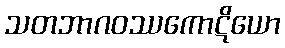
သတဘာဂဝဿကောဋိယော